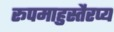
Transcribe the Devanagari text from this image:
रूपमाहुस्तैरप्य